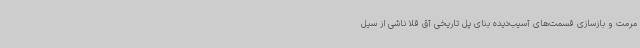
مرمت و بازسازی قسمت‌های آسیب‌دیده بنای پل تاریخی آق قلا ناشی از سیل